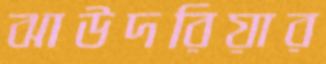
ঝাউদরিয়ার